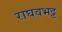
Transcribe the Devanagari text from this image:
राघवभट्ट